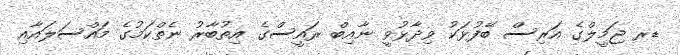
ޑރ ޖަމީލްގެ އަރިސް ބޭފުޅަކު ވިދާޅުވީ ނާއިބް ރައީސްގެ އިތުބާރު ނެތްކަމުގެ މައްސަލައާއި